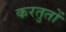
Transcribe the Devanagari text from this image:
करतुतों